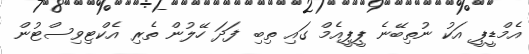
އެމްޑީޕީ އަކު ނުތިބޭނެ ޕީޕީއެމް ގައި ތިބި ފަދަ ހޭލުން ތެރި އެކްޓިވިސްޓުން